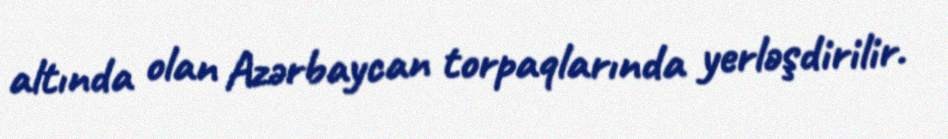
altında olan Azərbaycan torpaqlarında yerləşdirilir.